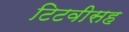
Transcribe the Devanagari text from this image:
टिटवीसह